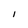
Character: 1